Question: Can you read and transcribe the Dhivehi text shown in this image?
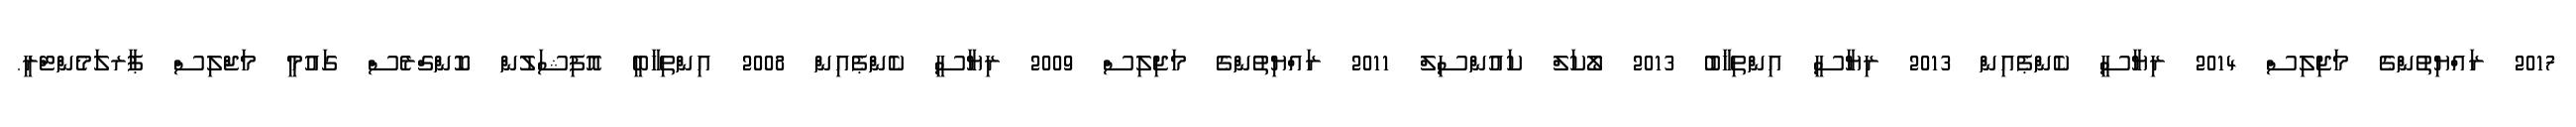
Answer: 2017 ރައްޔިތުންގެ މަޖިލިސް 2014 ރިޔާސީ ކެންޕެއިން 2013 ރިޔާސީ އިންތިޚާބު 2013 ލޯކަލް ކައުންސިލް 2011 ރައްޔިތުންގެ މަޖިލިސް 2009 ރިޔާސީ ކެންޕެއިން 2008 އިންތިހާބީ އޮފިޝަލުން ކޮންގްރެސް ގައުމީ މަޖްލިސް ޕާރލަމެންޓްރީ.